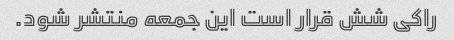
راکی شش قرار است این جمعه منتشر شود.